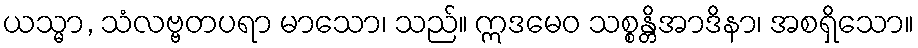
ယသ္မာ, သံလဗ္ဗတပရာ မာသော၊ သည်။ ဣဒမေဝ သစ္စန္တိအာဒိနာ၊ အစရှိသော။